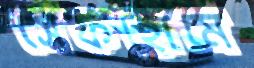
সেফহোমে